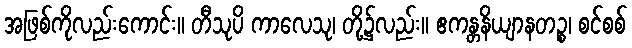
အဖြစ်ကိုလည်းကောင်း။ တီသုပိ ကာလေသု၊ တို့၌လည်း။ ဧကန္တနိယျာနတဉ္စ၊ စင်စစ်